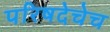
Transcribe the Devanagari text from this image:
परिषदेचेच